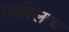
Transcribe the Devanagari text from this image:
लाविलाच